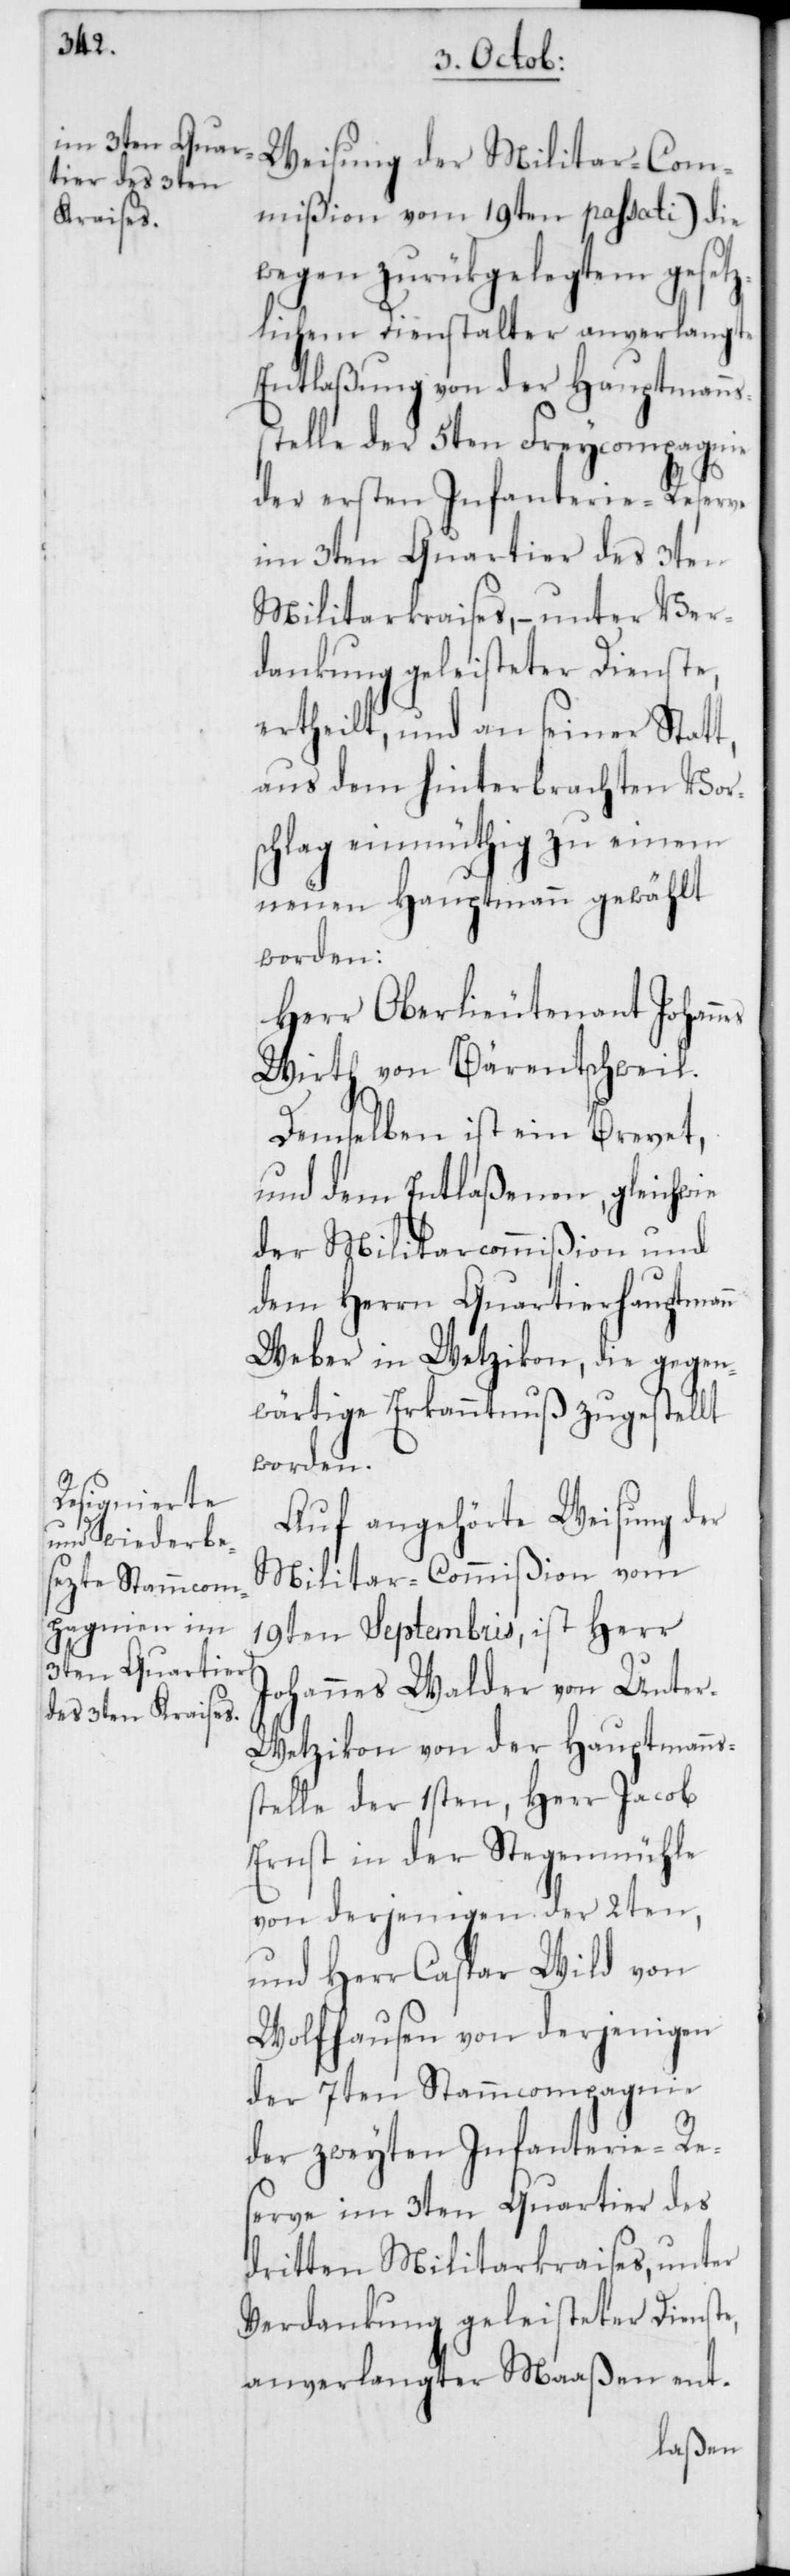
es

Weisung der Militar-Com¬
mißion vom 19ten passati) die
wegen zurükgelegtem gesetz¬
lichem Dienstalter anverlangte
Entlaßung von der Hauptmanns¬
stelle der 5ten Freycompagnie
der ersten Infanterie-Reserve
im 3ten Quartier des 3ten
Militairkraises, – unter Ver¬
dankung geleisteter Dienste,
ertheilt, und an seiner Statt,
aus dem hinterbrachten Vor¬
schlag einmüthig zu einem
neuen Hauptmann gewählt
worden:
Herr Oberlieutenant Johann¬
Wirth von Bäretschweil.
Demselben ist ein Brevet,
und dem Entlaßenen, gleichwie
der Militarcommißion und
dem Herrn Quartierhauptmann
Weber in Wetzikon, die gegen¬
wärtige Erkanntnuß zugestellt
worden.
Auf angehörte Weisung der
Militar-Commißion vom
19ten Septembris, ist Herr
Johannes Walder von Unte¬
r-Wetzikon von der Hauptmanns¬
stelle der 1sten, Herr Jacob
Ernst in der Stegenmühle
von derjenigen der 2ten,
und Herr Caspar Wild von
Wolfhausen von derjenigen
der 7ten Stammcompagnie
der zweyten Infanterie-Re¬
serve im 3ten Quartier des
dritten Militarkraises, unter
Verdankung geleisteter Dienste,
anverlangter Maaßen ent-